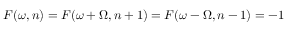
F ( \omega , n ) = F ( \omega + \Omega , n + 1 ) = F ( \omega - \Omega , n - 1 ) = - 1